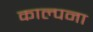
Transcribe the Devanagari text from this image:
काल्पना